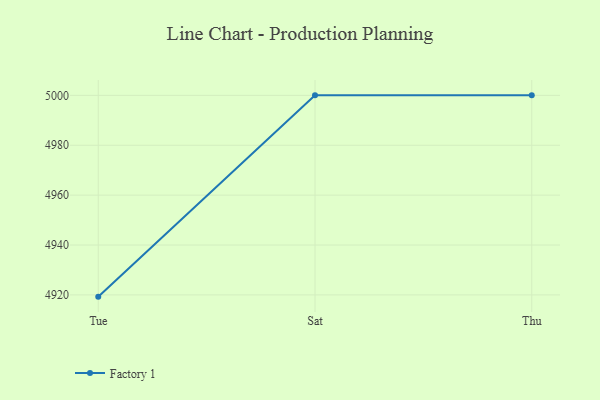
{"axis": {"x": "Day", "y": "Humidity (%)"}, "legend": ["Factory 1"], "data": [{"x": "Tue", "y": 4919.3, "type": "Factory 1"}, {"x": "Sat", "y": 5000, "type": "Factory 1"}, {"x": "Thu", "y": 5000, "type": "Factory 1"}]}